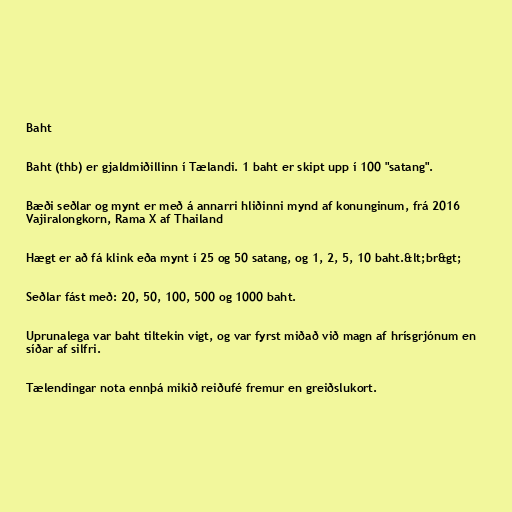
Baht

Baht (thb) er gjaldmiðillinn í Tælandi. 1 baht er skipt upp í 100 "satang".

Bæði seðlar og mynt er með á annarri hliðinni mynd af konunginum, frá 2016
Vajiralongkorn, Rama X af Thailand

Hægt er að fá klink eða mynt í 25 og 50 satang, og 1, 2, 5, 10 baht.&lt;br&gt;

Seðlar fást með: 20, 50, 100, 500 og 1000 baht.

Uprunalega var baht tiltekin vigt, og var fyrst miðað við magn af hrísgrjónum en
síðar af silfri.

Tælendingar nota ennþá mikið reiðufé fremur en greiðslukort.